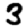
Digit: 3